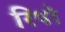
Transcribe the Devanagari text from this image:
रिपो